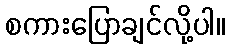
စကားပြောချင်လို့ပါ။